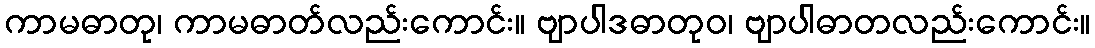
ကာမဓာတု၊ ကာမဓာတ်လည်းကောင်း။ ဗျာပါဒဓာတုဝ၊ ဗျာပါဓာတလည်းကောင်း။